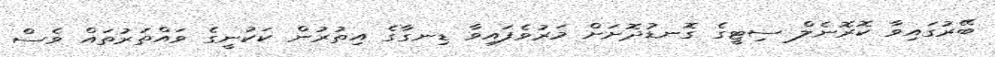
ބޭރުގައިވާ ކޮރޮނެލް ސިޓީގެ ގޮނޑުދޮށަށް މަރުވެފައިވާ ޑިނގާގެ އިތުރުން ކަކުނީގެ ވައްތަރުތައް ވެސް